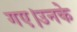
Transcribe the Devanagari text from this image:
गए।उनके